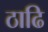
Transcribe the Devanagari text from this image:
ठाढि